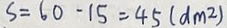
S = 6 0 - 1 5 = 4 5 ( d m ^ { 2 } )